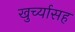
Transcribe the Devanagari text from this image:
खुर्च्यासह